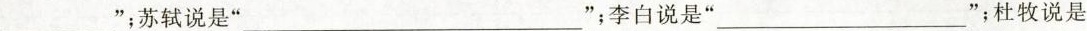
__________”；苏轼说是”__________”；李白说是”___________ ”；杜牧说是